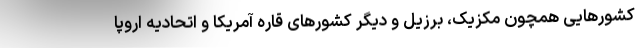
کشورهایی همچون مکزیک، برزیل و دیگر کشورهای قاره آمریکا و اتحادیه اروپا